Civil Veterinary Department. Central Provinces & Berar 1925-31 - 1925-1931
Year: 1925
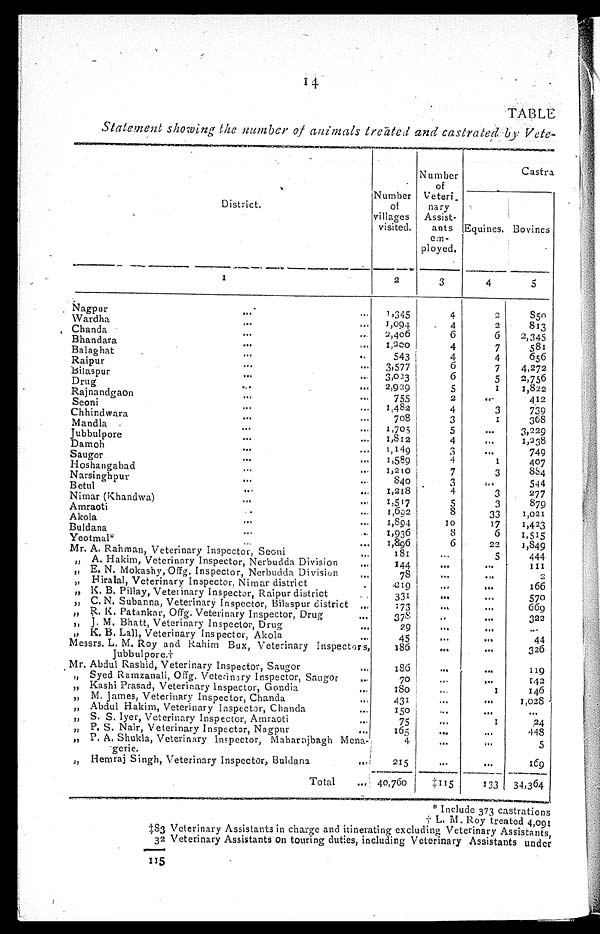
14
TABLE
Statement showing the number of animals treated and castrated by Vete-
District.
1
Nagpur ... ...
Wardha
...
...
Chanda ... ...
Bhandara ... ...
Balaghat
...
...
Raipur ... ...
Bilaspur
...
...
Drug
...
...
Rajnandgaon ... ...
Seoni ... ...
Chhindwara
...
...
Mandla ... ...
Jubbulpore ... ...
Damoh
...
...
Saugor ... ...
Hoshangabad ... ...
Narsinghpur ... ...
Betul ... ...
Nimar (Khandwa) ... ...
Amraoti ... ...
Akola
...
...
Buldana
...
...
Yeotmal* ... ...
Mr, A. Rahman, Veterinary Inspector, Seoni
...
...
„ A. Hakim, Veterinary Inspector, Nerbudda Division ...
„ E. N. Mokashy, Offg. Inspector, Nerbudda Division
...
„ Hiralal, Veterinary Inspector, Nimar district ...
„ K. B. Pillay, Veterinary Inspector, Raipur district
„ C. N. Subanna, Veterinary Inspector, Bilaspur district ...
„ R. K. Patankar, Offg. Veterinary Inspector, Drug
„ J. M. Bhatt, Veterinary Inspector, Drug
„ K. B. Lall, Veterinary Inspector, Akola
...
Messrs. L. M. Roy and Rahim Bux, Veterinary Inspector's,
Jubbulpore.†
Mr. Abdul Rashid, Veterinary Inspector, Saugor ...
„ Syed Ramzanali, Offg. Veterinary Inspector, Saugor ...
„ Kashi Prasad, Veterinary Inspector, Gondia ...
„ M, James, Veterinary Inspector, Chanda ...
„ Abdul Hakim, Veterinary Inspector, Chanda ...
„ S. S. Iyer, Veterinary Inspector, Amraoti ...
„ P. S. Nair, Veterinary Inspector, Nagpur ...
„ P. A. Shukla, Veterinary Inspector, Maharajbagh Mena-
gerie.
„ Hemraj Singh, Veterinary inspector, Buldana ...
Total ...
Number
of
villages
visited.
2
1,345
1,094
2,406
1,000
543
3,577
3,023
2,929
755
1,482
708
1,705
1,812
1,149
1,589
1,210
840
1,218
1,517
1,692
1,894
1,936
1,896
181
144
78
219
331
173
378
29
45
186
186
70
180
431
150
75
165
4
215
40,760
Number
of
Veteri¬
nary
Assist-
ants
em-
ployed.
3
4
4
6
4
4
6
6
5
2
4
3
5
4
3
4
7
3
4
5
8
10
8
6
...
...
...
...
...
...
..
...
...
...
...
...
...
...
...
...
...
...
...
‡115
Castra
Equines.
4
2
2
6
7
4
7
5
1
..
3
1
...
...
...
1
3
...
3
3
33
17
6
22
5
...
...
...
...
...
...
...
...
...
...
...
1
...
...
1
...
...
...
133
Bovines
5
850
813
2,345
581
656
4,272
2,756
1,822
412
739
368
3,229
1,238
749
407
884
544
277
879
1,021
1,423
1,515
1,849
444
111
2
166
570
669
322
...
44
326
119
142
146
1,028
...
24
448
5
169
34,364
‡83
32
115
* Include 373 castrations
† L. M. Roy treated 4,091
Veterinary Assistants in charge and itinerating excluding Veterinary Assistants,
Veterinary Assistants on touring duties, including Veterinary Assistants under